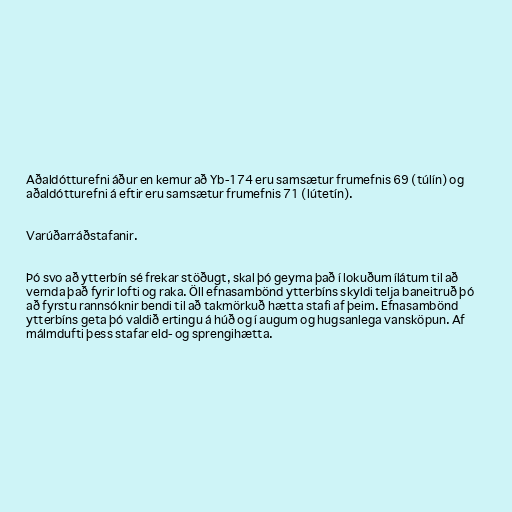
Aðaldótturefni áður en kemur að Yb-174 eru samsætur frumefnis 69 (túlín) og
aðaldótturefni á eftir eru samsætur frumefnis 71 (lútetín).

Varúðarráðstafanir.

Þó svo að ytterbín sé frekar stöðugt, skal þó geyma það í lokuðum ílátum til að
vernda það fyrir lofti og raka. Öll efnasambönd ytterbíns skyldi telja baneitruð þó
að fyrstu rannsóknir bendi til að takmörkuð hætta stafi af þeim. Efnasambönd
ytterbíns geta þó valdið ertingu á húð og í augum og hugsanlega vansköpun. Af
málmdufti þess stafar eld- og sprengihætta.